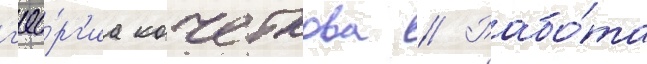
г'ео́рг'иа кочеткова // Рабо́та